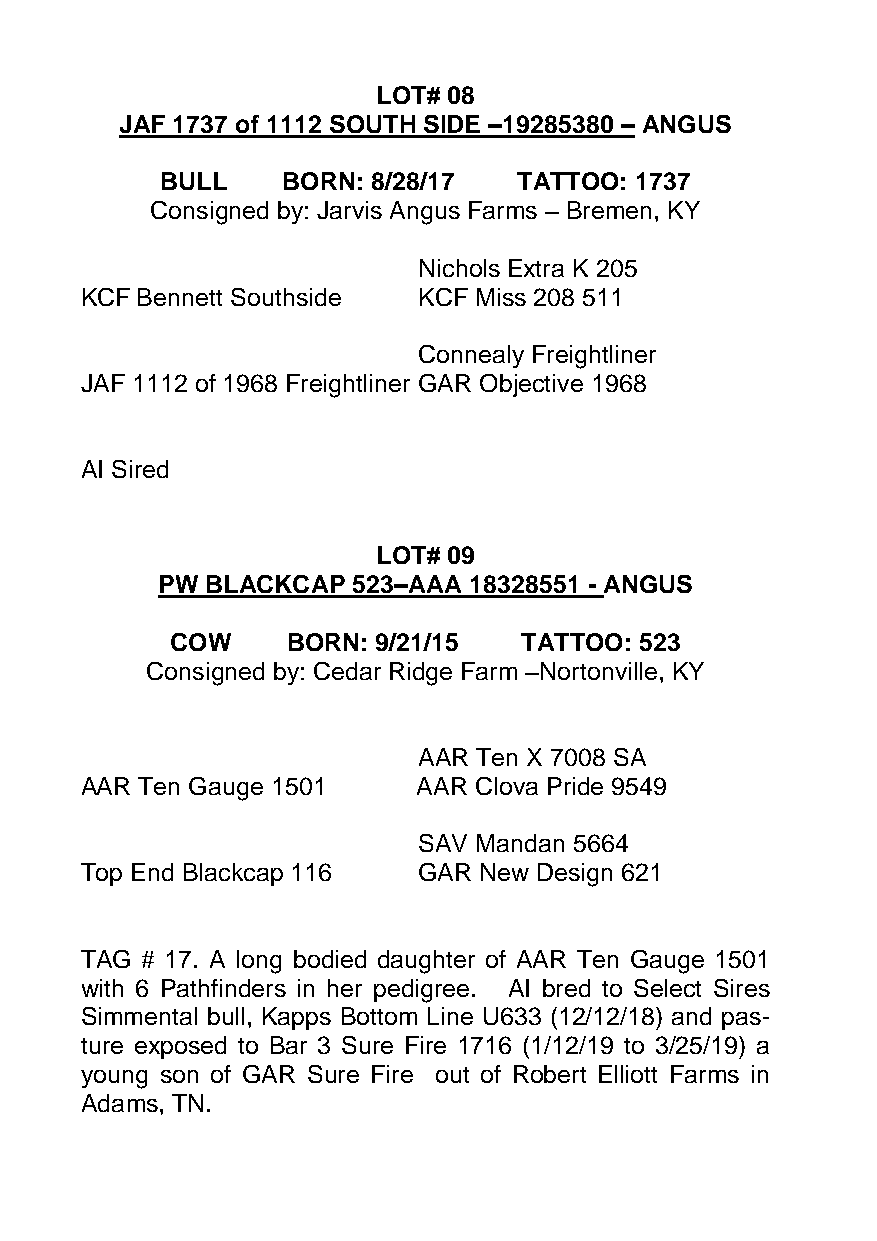
LOT# 08
 JAF 1737 of 1112 SOUTH SIDE –19285380 – ANGUS
 BULL    BORN: 8/28/17  TATTOO: 1737
 Consigned by: Jarvis Angus Farms – Bremen, KY
 Nichols Extra K 205
 KCF Bennett Southside  KCF Miss 208 511
 Connealy Freightliner
 JAF 1112 of 1968 Freightliner GAR Objective 1968
 AI Sired
 LOT# 09
 PW  BLACKCAP 523–AAA 18328551 - ANGUS
 COW     BORN: 9/21/15   TATTOO: 523
 Consigned by: Cedar Ridge Farm –Nortonville, KY
 AAR Ten X 7008 SA
 AAR Ten Gauge 1501     AAR Clova Pride 9549
 SAV Mandan 5664
 Top End Blackcap 116   GAR New Design 621
 TAG # 17. A long bodied daughter of AAR Ten Gauge 1501
 with 6 Pathfinders in her pedigree. AI bred to Select Sires
 Simmental bull, Kapps Bottom Line U633 (12/12/18) and pas-
 ture exposed to Bar 3 Sure Fire 1716 (1/12/19 to 3/25/19) a
 young son of GAR Sure Fire out of Robert Elliott Farms in
 Adams, TN.